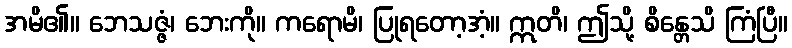
အမိ၏။ ဘေသဇ္ဇံ၊ ဘေးကို။ ကရောမိ၊ ပြုရတော့အံ့။ ဣတိ၊ ဤသို့ စိန္တေသိ ကြံပြီ။